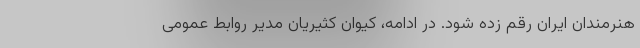
هنرمندان ایران رقم زده شود. در ادامه، کیوان کثیریان مدیر روابط عمومی